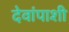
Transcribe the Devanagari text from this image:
देवांपाशी